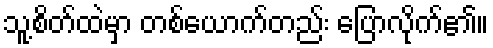
သူ့စိတ်ထဲမှာ တစ်ယောက်တည်း ပြောလိုက်၏။